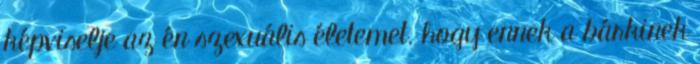
képviselje az én szexuális életemet. hogy ennek a bárkinek